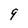
Character: 9